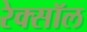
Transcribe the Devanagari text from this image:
रेक्सॉल